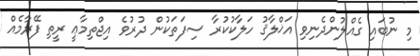
މި ނުބައި ގެއްލުންދެނިވި އަޚްލާޤު ހަލާކުކުރާ ސިފަތަކުން ދުރުވެ އިޖްތިމާޢީ ރީތި ފޭރާމެއް